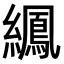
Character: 𫄍